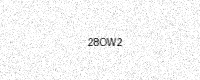
Text: 28OW2